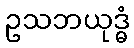
ဥသဘယုဒ္ဓံ